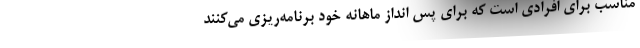
مناسب برای افرادی است که برای پس انداز ماهانه خود برنامه‌ریزی می‌کنند